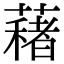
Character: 𦿀